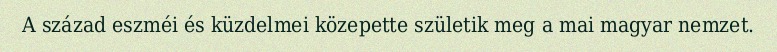
A század eszméi és küzdelmei közepette születik meg a mai magyar nemzet.